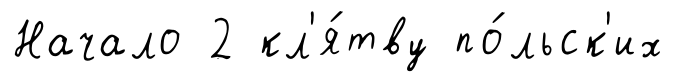
Начало 2 кл'я́тву по́льск'их